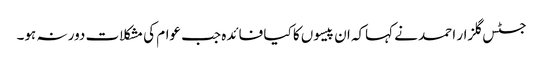
جسٹس گلزار احمد نے کہاکہ ان پیسوں کا کیا فائدہ جب عوام کی مشکلات دور نہ ہو۔